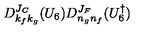
D _ { k _ { f } k _ { g } } ^ { J _ { C } } ( U _ { 6 } ) D _ { n _ { g } n _ { f } } ^ { J _ { F } } ( U _ { 6 } ^ { \dagger } )